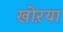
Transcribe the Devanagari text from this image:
खोऱया